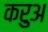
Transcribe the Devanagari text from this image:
करुअ